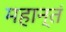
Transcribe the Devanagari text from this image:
महान्तं